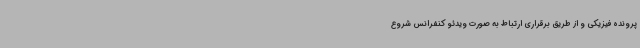
پرونده فیزیکی و از طریق برقراری ارتباط به صورت ویدئو کنفرانس شروع